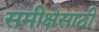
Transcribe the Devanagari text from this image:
समीक्षेसाठी